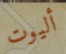
أليوت